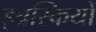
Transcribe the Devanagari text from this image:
इत्रस्कियों